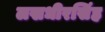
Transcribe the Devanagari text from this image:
लखधीरसिंह